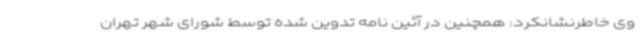
وی خاطرنشانکرد: همچنین در آئین نامه تدوین شده توسط شورای شهر تهران